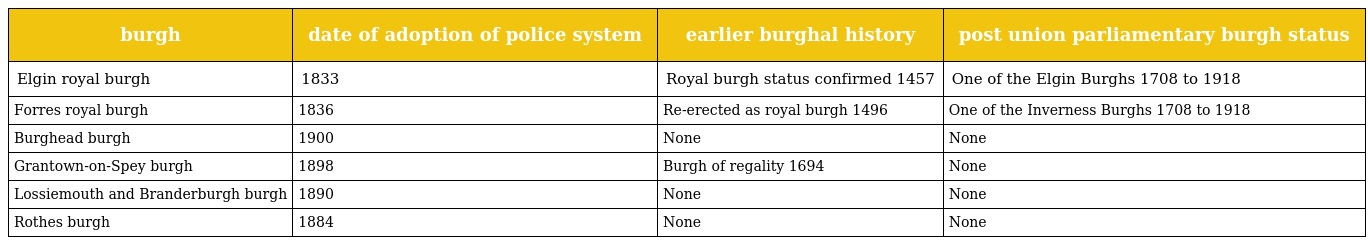
| burgh | date of adoption of police system | earlier burghal history | post union parliamentary burgh status |
 | --- | --- | --- | --- |
 | Elgin royal burgh | 1833 | Royal burgh status confirmed 1457 | One of the Elgin Burghs 1708 to 1918 |
 | Forres royal burgh | 1836 | Re-erected as royal burgh 1496 | One of the Inverness Burghs 1708 to 1918 |
 | Burghead burgh | 1900 | None | None |
 | Grantown-on-Spey burgh | 1898 | Burgh of regality 1694 | None |
 | Lossiemouth and Branderburgh burgh | 1890 | None | None |
 | Rothes burgh | 1884 | None | None |